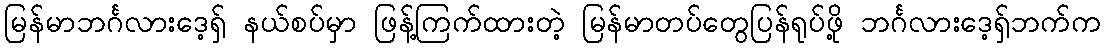
မြန်မာဘင်္ဂလားဒေ့ရှ် နယ်စပ်မှာ ဖြန့်ကြက်ထားတဲ့ မြန်မာတပ်တွေပြန်ရုပ်ဖို့ ဘင်္ဂလားဒေ့ရှ်ဘက်က